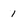
Character: i